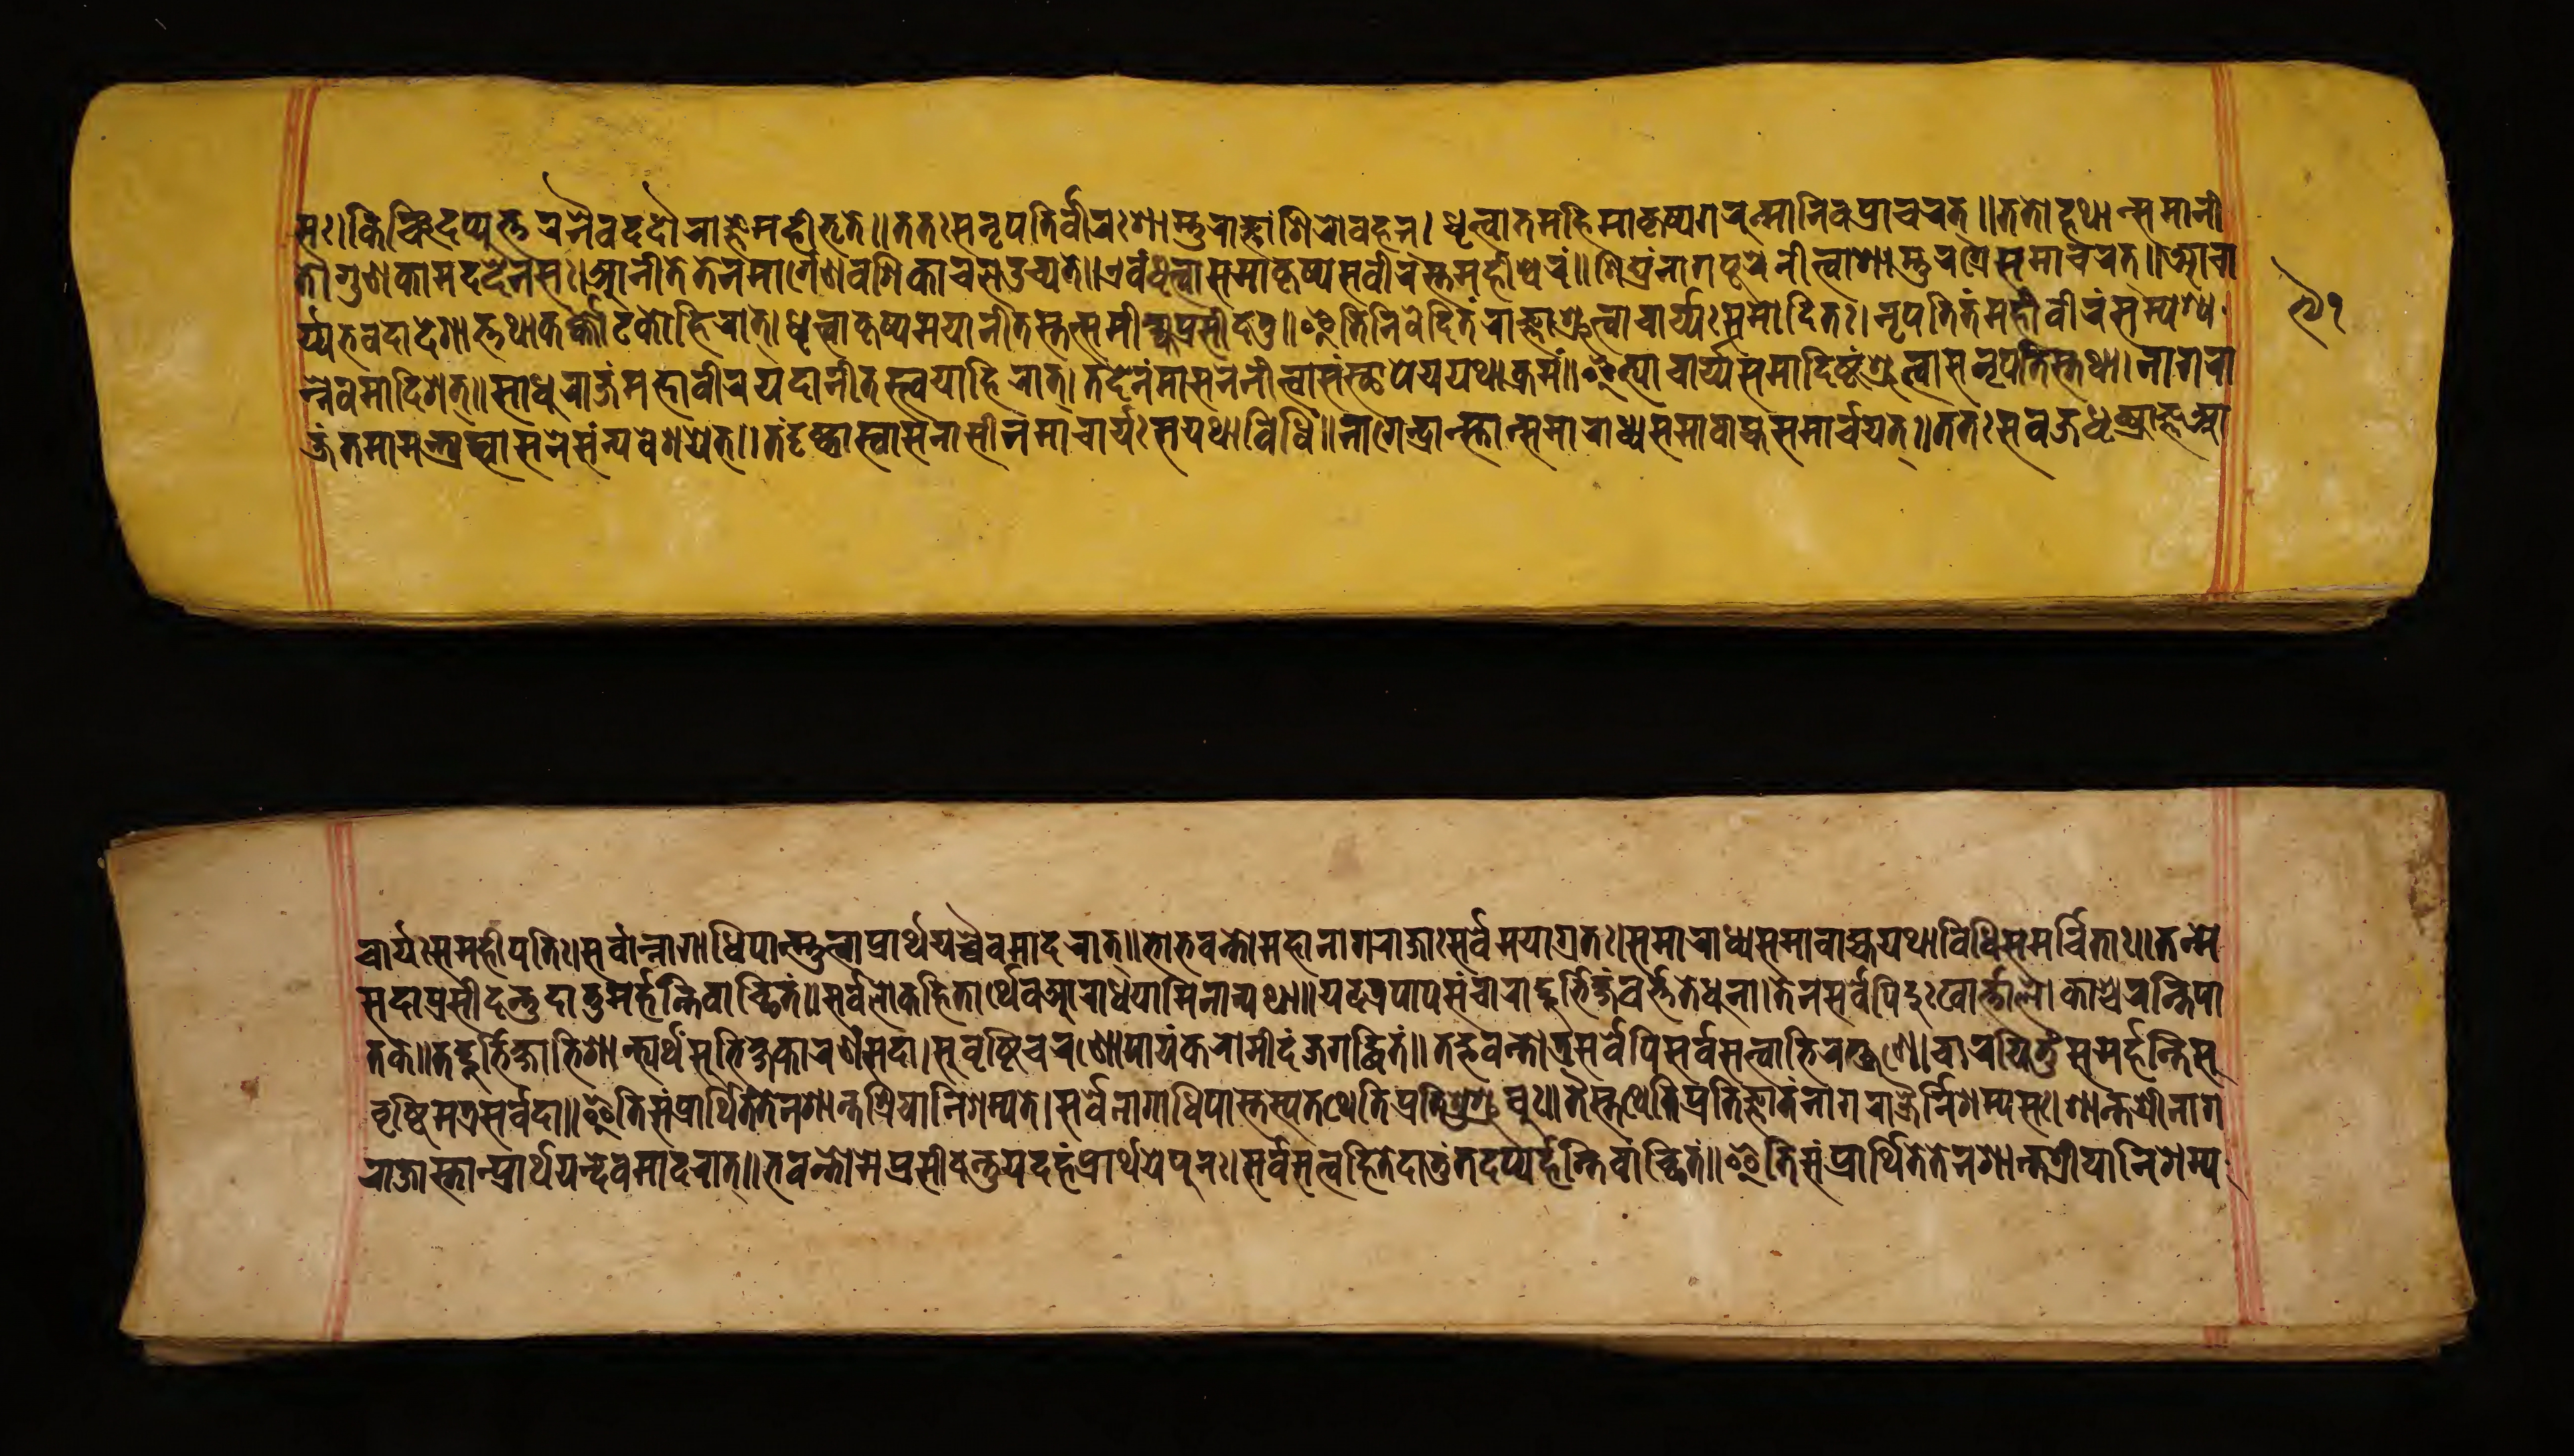
𑐳𑑅𑑋𑐎𑐶𑐘𑑂𑐔𑐶𑐡𑐥𑑂𑐫𑐸𑐟𑑂𑐟𑐬𑑄𑐣𑐿𑐰𑐡𑐡𑑁𑐬𑐵𑐖𑑂𑐘𑐾𑐩𑐴𑐷𑐨𑐺𑐟𑐾𑑌𑐟𑐟𑑅𑐳𑐣𑐺𑐥𑐟𑐶𑐰𑐷𑐬𑑅𑐱𑐵𑐳𑑂𑐟𑐸𑐬𑐵𑐖𑑂𑐘𑐵𑑄𑐱𑐶𑐬𑑀𑐰𑐴𑐣𑑂𑑋𑐢𑐺𑐟𑑂𑐰𑐵𑐟𑐩𑐴𑐶𑐩𑐵𑐎𑐺𑐲𑑂𑐫𑐐𑐸𑐬𑐸𑐟𑑂𑐩𑐵𑐣𑐶𑐰𑐥𑑂𑐬𑐵𑐔𑐬𑐟𑑂𑑌𑐟𑐟𑑀𑐴𑐫𑐵𑐟𑑂𑐳𑐩𑐵𑐣𑐷 𑐟𑐵𑑅𑐐𑐸𑐞𑐎𑐵𑐩𑐡𑐾𑐰𑐾𑐣𑐳𑑅𑑋𑐁𑐣𑐷𑐟𑐾𑐟𑐾𑐣𑐩𑐵𑐬𑑂𑐐𑐾𑐞𑐰𑐱𑐶𑐎𑐵𑐔𑐮𑑁𑐔𑑂𑐫𑐟𑐾𑑌𑐊𑐰𑑄𑐢𑐺𑐟𑑂𑐰𑐵𑐳𑐩𑐵𑐎𑐺𑐲𑑂𑐫𑐳𑐰𑐷𑐬𑐳𑑂𑐟𑑄𑐩𑐴𑐷𑐱𑑂𑐰𑐬𑑄𑑋𑐳𑐴𑐳𑐵𑐣𑐵𑐐𑐥𑐸𑐬𑐾𑐣𑐷𑐟𑑂𑐰𑐵𑐱𑐵𑐳𑑂𑐟𑐸𑐬𑐐𑑂𑐬𑐾𑐳𑐩𑐵𑐔𑐬𑐟𑑂𑑌𑐁𑐔𑐵 𑐬𑑂𑐫𑐨𑐰𑐡𑐵𑐡𑐾𑐱𑐵𑐟𑑂𑐟𑐠𑐵𑐎𑐬𑑂𑐎𑑂𑐎𑑀𑐚𑐎𑑀𑐴𑐶𑐬𑐵𑐚𑑂𑑋𑐢𑐺𑐟𑑂𑐰𑐵𑐎𑐺𑐲𑑂𑐫𑐩𑐫𑐵𑐣𑐷𑐟𑐳𑑂𑐟𑑄𑐳𑐩𑐷𑐎𑑂𑐲𑑂𑐫𑐥𑑂𑐬𑐳𑐷𑐡𑐟𑐸𑑌𑐂𑐟𑐶𑐣𑐶𑐰𑐾𑐡𑐶𑐟𑑄𑐬𑐵𑐖𑑂𑐘𑐵𑐱𑑂𑐬𑐸𑐟𑑂𑐰𑐵𑐔𑐵𑐬𑑂𑐫𑑅𑐳𑐩𑐵𑐡𑐶𑐟𑑅𑑋𑐣𑐺𑐥𑐟𑐶𑑄𑐟𑑄𑐩𑐴𑐵𑐰𑐷𑐬𑑄𑐳𑐩𑑂𑐥𑐱𑑂𑐫 𑐣𑑂𑐣𑐾𑐰𑐩𑐵𑐡𑐶𑐱𑐟𑑂𑑌𑐳𑐵𑐢𑐸𑐬𑐵𑐖𑐣𑑂𑐩𑐴𑐵𑐰𑐷𑐬𑐫𑐡𑐵𑐣𑐷𑐟𑐳𑑂𑐟𑑂𑐰𑐫𑐵𑐴𑐶𑐬𑐵𑐟𑑂𑑋𑐟𑐡𑐾𑐣𑐩𑐵𑐳𑐣𑐾𑐣𑐷𑐟𑑂𑐰𑐵𑐳𑑄𑐳𑑂𑐠𑐵𑐥𑐫𑐫𑐠𑐵𑐎𑑂𑐬𑐩𑑄𑑌𑐂𑐟𑑂𑐫𑐵𑐔𑐵𑐬𑑂𑐫𑐳𑐩𑐵𑐡𑐶𑐲𑑂𑐚𑑄𑐱𑑂𑐬𑐸𑐟𑑂𑐰𑐵𑐳𑐣𑐺𑐥𑐟𑐶𑐳𑑂𑐟𑐠𑐵𑑋𑐣𑐵𑐐𑐬𑐵 𑐖𑑄𑐟𑐩𑐵𑐩𑐣𑑂𑐟𑑂𑐬𑐫𑐳𑑂𑐰𑐵𑐳𑐣𑐾𑐳𑑄𑐣𑑂𑐫𑐰𑐾𑐱𑐫𑐟𑑂𑑌𑐟𑑄𑐡𑐺𑐲𑑂𑐚𑑂𑐰𑐵𑐳𑑂𑐰𑐵𑐳𑐣𑐵𑐳𑐷𑐣𑐵𑑄𑐩𑐵𑐔𑐵𑐬𑑂𑐫𑑅𑐳𑐫𑐠𑐵𑐰𑐶𑐢𑐶𑑄𑑋𑐣𑐵𑐐𑐾𑐣𑑂𑐡𑑂𑐬𑐵𑐣𑑂𑐳𑑂𑐟𑐵𑐣𑑂𑐳𑐩𑐵𑐰𑐵𑐴𑑂𑐫𑐳𑐩𑐵𑐬𑐵𑐢𑑂𑐫𑐳𑐩𑐵𑐬𑑂𑐔𑐫𑐟𑑂𑑌𑐟𑐟𑑅𑐳𑐰𑑂𑐬𑐖𑐢𑐺𑐎𑐵𑐖𑑂𑐘𑐁 𑐔𑐵𑐬𑑂𑐫𑑅𑐳𑐩𑐴𑐷𑐥𑐟𑐶𑑅𑑋𑐳𑐬𑑂𑐰𑐵𑐣𑑂𑐣𑐵𑐐𑐵𑐢𑐶𑐥𑐵𑐣𑑂𑐳𑑂𑐟𑐸𑐟𑑂𑐰𑐵𑐥𑑂𑐬𑐵𑐬𑑂𑐠𑐫𑐸𑐔𑑂𑐔𑐿𑐰𑐩𑐵𑐡𑐬𑐵𑐟𑑂𑑌𑐨𑑀𑐨𑐰𑐣𑑂𑐟𑑀𑐩𑐴𑐵𑐣𑐵𑐐𑐬𑐵𑐖𑐵𑑅𑐳𑐬𑑂𑐰𑐾𑐩𑐫𑐵𑐐𑑂𑐬𑐟𑑅𑑋𑐳𑐩𑐵𑐬𑐵𑐢𑑂𑐫𑐳𑐩𑐵𑐰𑐵𑐴𑑂𑐫𑐫𑐠𑐵𑐰𑐶𑐢𑐶𑐳𑐩𑐬𑑂𑐔𑐶𑐟𑐵𑑅𑑌𑐟𑐣𑑂𑐩𑐾 𑐳𑐡𑐵𑐥𑑂𑐬𑐳𑐷𑐡𑐣𑑂𑐟𑐸𑐡𑐵𑐟𑐸𑐩𑐬𑑂𑐴𑐣𑑂𑐟𑐶𑐰𑐵𑐘𑑂𑐕𑐶𑐟𑑄𑑋𑐳𑐬𑑂𑐰𑐮𑑀𑐎𑐴𑐶𑐟𑐵𑐬𑑂𑐠𑐾𑐰𑐁𑐬𑐵𑐢𑑂𑐫𑐫𑐵𑐩𑐶𑐣𑐵𑐣𑑂𑐫𑐠𑐵𑑌𑐫𑐡𑐟𑑂𑐬𑐥𑐵𑐥𑐳𑑄𑐔𑐵𑐬𑐵𑐡𑑂𑐡𑐸𑐬𑑂𑐨𑐶𑐎𑑂𑐲𑑄𑐰𑐬𑑂𑐟𑑂𑐟𑐟𑐾𑐢𑐸𑐣𑐵𑑋𑐟𑐾𑐣𑐳𑐬𑑂𑐰𑐾𑐥𑐶𑐡𑐸𑑅𑐏𑐵𑐬𑑂𑐟𑑂𑐟𑐵𑐮𑑀𑐎𑐱𑑂𑐔𑐬𑐣𑑂𑐟𑐶𑐥𑐵 𑐟𑐎𑑌𑐟𑐡𑑂𑐡𑐸𑐬𑑂𑐨𑐶𑐎𑑂𑐲𑐵𑐨𑐶𑐱𑐵𑐣𑑂𑐟𑑂𑐫𑐬𑑂𑐠𑐳𑐸𑐨𑐶𑐎𑑂𑐲𑐎𑐵𑐬𑐞𑑄𑐳𑐡𑐵𑑋𑐳𑐸𑐰𑐺𑐲𑑂𑐚𑐶𑐔𑐬𑐞𑑀𑐥𑐵𑐫𑑄𑐎𑐬𑑀𑐩𑐷𑐡𑑄𑐖𑐐𑐡𑑂𑐢𑐶𑐟𑐾𑑌𑐟𑐾𑐨𑐰𑐣𑑂𑐟𑑀𑐟𑑂𑐬𑐳𑐬𑑂𑐰𑐾𑐥𑐶𑐳𑐬𑑂𑐰𑐳𑐟𑑂𑐟𑑂𑐰𑐵𑐨𑐶𑐬𑐎𑑂𑐲𑐞𑐾𑑋𑐔𑐵𑐬𑐫𑐶𑐟𑐸𑑄𑐳𑐩𑐬𑑂𑐴𑐣𑑂𑐟𑐶𑐳𑐸 𑐰𑐺𑐲𑑂𑐚𑐶𑐩𑐟𑑂𑐬𑐳𑐬𑑂𑐰𑐡𑐵𑑌𑐂𑐟𑐶𑐳𑑄𑐥𑑂𑐬𑐵𑐬𑑂𑐠𑐶𑐟𑑄𑐟𑐾𑐣𑐱𑐵𑐣𑑂𑐟𑐱𑑂𑐬𑐶𑐫𑐵𑐣𑐶𑐱𑐩𑑂𑐫𑐟𑑋𑐳𑐬𑑂𑐰𑐾𑐣𑐵𑐐𑐵𑐢𑐶𑐥𑐵𑐳𑑂𑐟𑐳𑑂𑐫𑐟𑐠𑐾𑐟𑐶𑐥𑑂𑐬𑐟𑐶𑐱𑐸𑐱𑑂𑐬𑐸𑐰𑐸𑑅𑑌𑐟𑐿𑐳𑑂𑐟𑐠𑐾𑐟𑐶𑐥𑑂𑐬𑐟𑐶𑐖𑑂𑐘𑐵𑐟𑑄𑐣𑐵𑐐𑐬𑐵𑐖𑐿𑐬𑑂𑐣𑐶𑐱𑐩𑑂𑐫𑐳𑑅𑑋𑐱𑐵𑐣𑑂𑐟𑐱𑑂𑐬𑐷𑐣𑐵𑐐 𑐬𑐵𑐖𑐵𑐣𑑂𑐳𑑂𑐟𑐵𑐣𑑂𑐥𑑂𑐬𑐵𑐬𑑂𑐠𑐫𑐡𑐾𑐰𑐩𑐵𑐡𑐬𑐵𑐟𑑂𑑌𑐨𑐰𑐣𑑂𑐟𑑀𑐩𑐾𑐥𑑂𑐬𑐳𑐷𑐡𑐣𑑂𑐟𑐸𑐫𑐡𑐴𑑄𑐥𑑂𑐬𑐵𑐬𑑂𑐠𑐫𑐾𑐥𑐸𑐣𑑅𑑋𑐳𑐬𑑂𑐰𑐳𑐟𑑂𑐟𑑂𑐰𑐴𑐶𑐟𑐾𑐡𑐵𑐟𑐸𑑄𑐟𑐡𑐥𑑂𑐫𑐬𑑂𑐴𑐣𑑂𑐟𑐶𑐰𑐵𑐘𑑂𑐕𑐶𑐟𑑄𑑌𑐂𑐟𑐶𑐳𑑄𑐥𑑂𑐬𑐵𑐬𑑂𑐠𑐶𑐟𑐾𑐟𑐾𑐣𑐱𑐵𑐣𑑂𑐟𑐱𑑂𑐬𑐶𑐫𑐵𑐣𑐶𑐱𑐩𑑂𑐫 𑑙𑑑